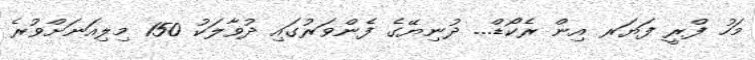
މަހު ފްރީ ފަޔަރ އިން ރެކޯޑް... ދުނިޔޭގެ ފެންވަރުގައި ދުވާލަކު 150 މިލިއަނަށްވުރެ